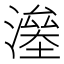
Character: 𣾯